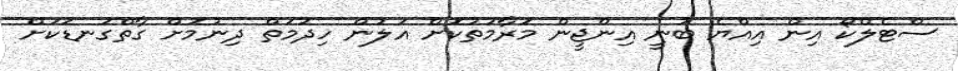
ސްޓެލްކޯ އިން އިއްޔެ ބުނީ އިންޖީން މަރާމަތުކޮށް އަލުން ހިދުމަތް ދިނުމަށް ގާތްގަނޑަކަށް